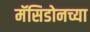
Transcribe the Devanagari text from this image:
मॅसिडोनच्या